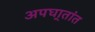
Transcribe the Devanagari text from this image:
अपघा्तांत